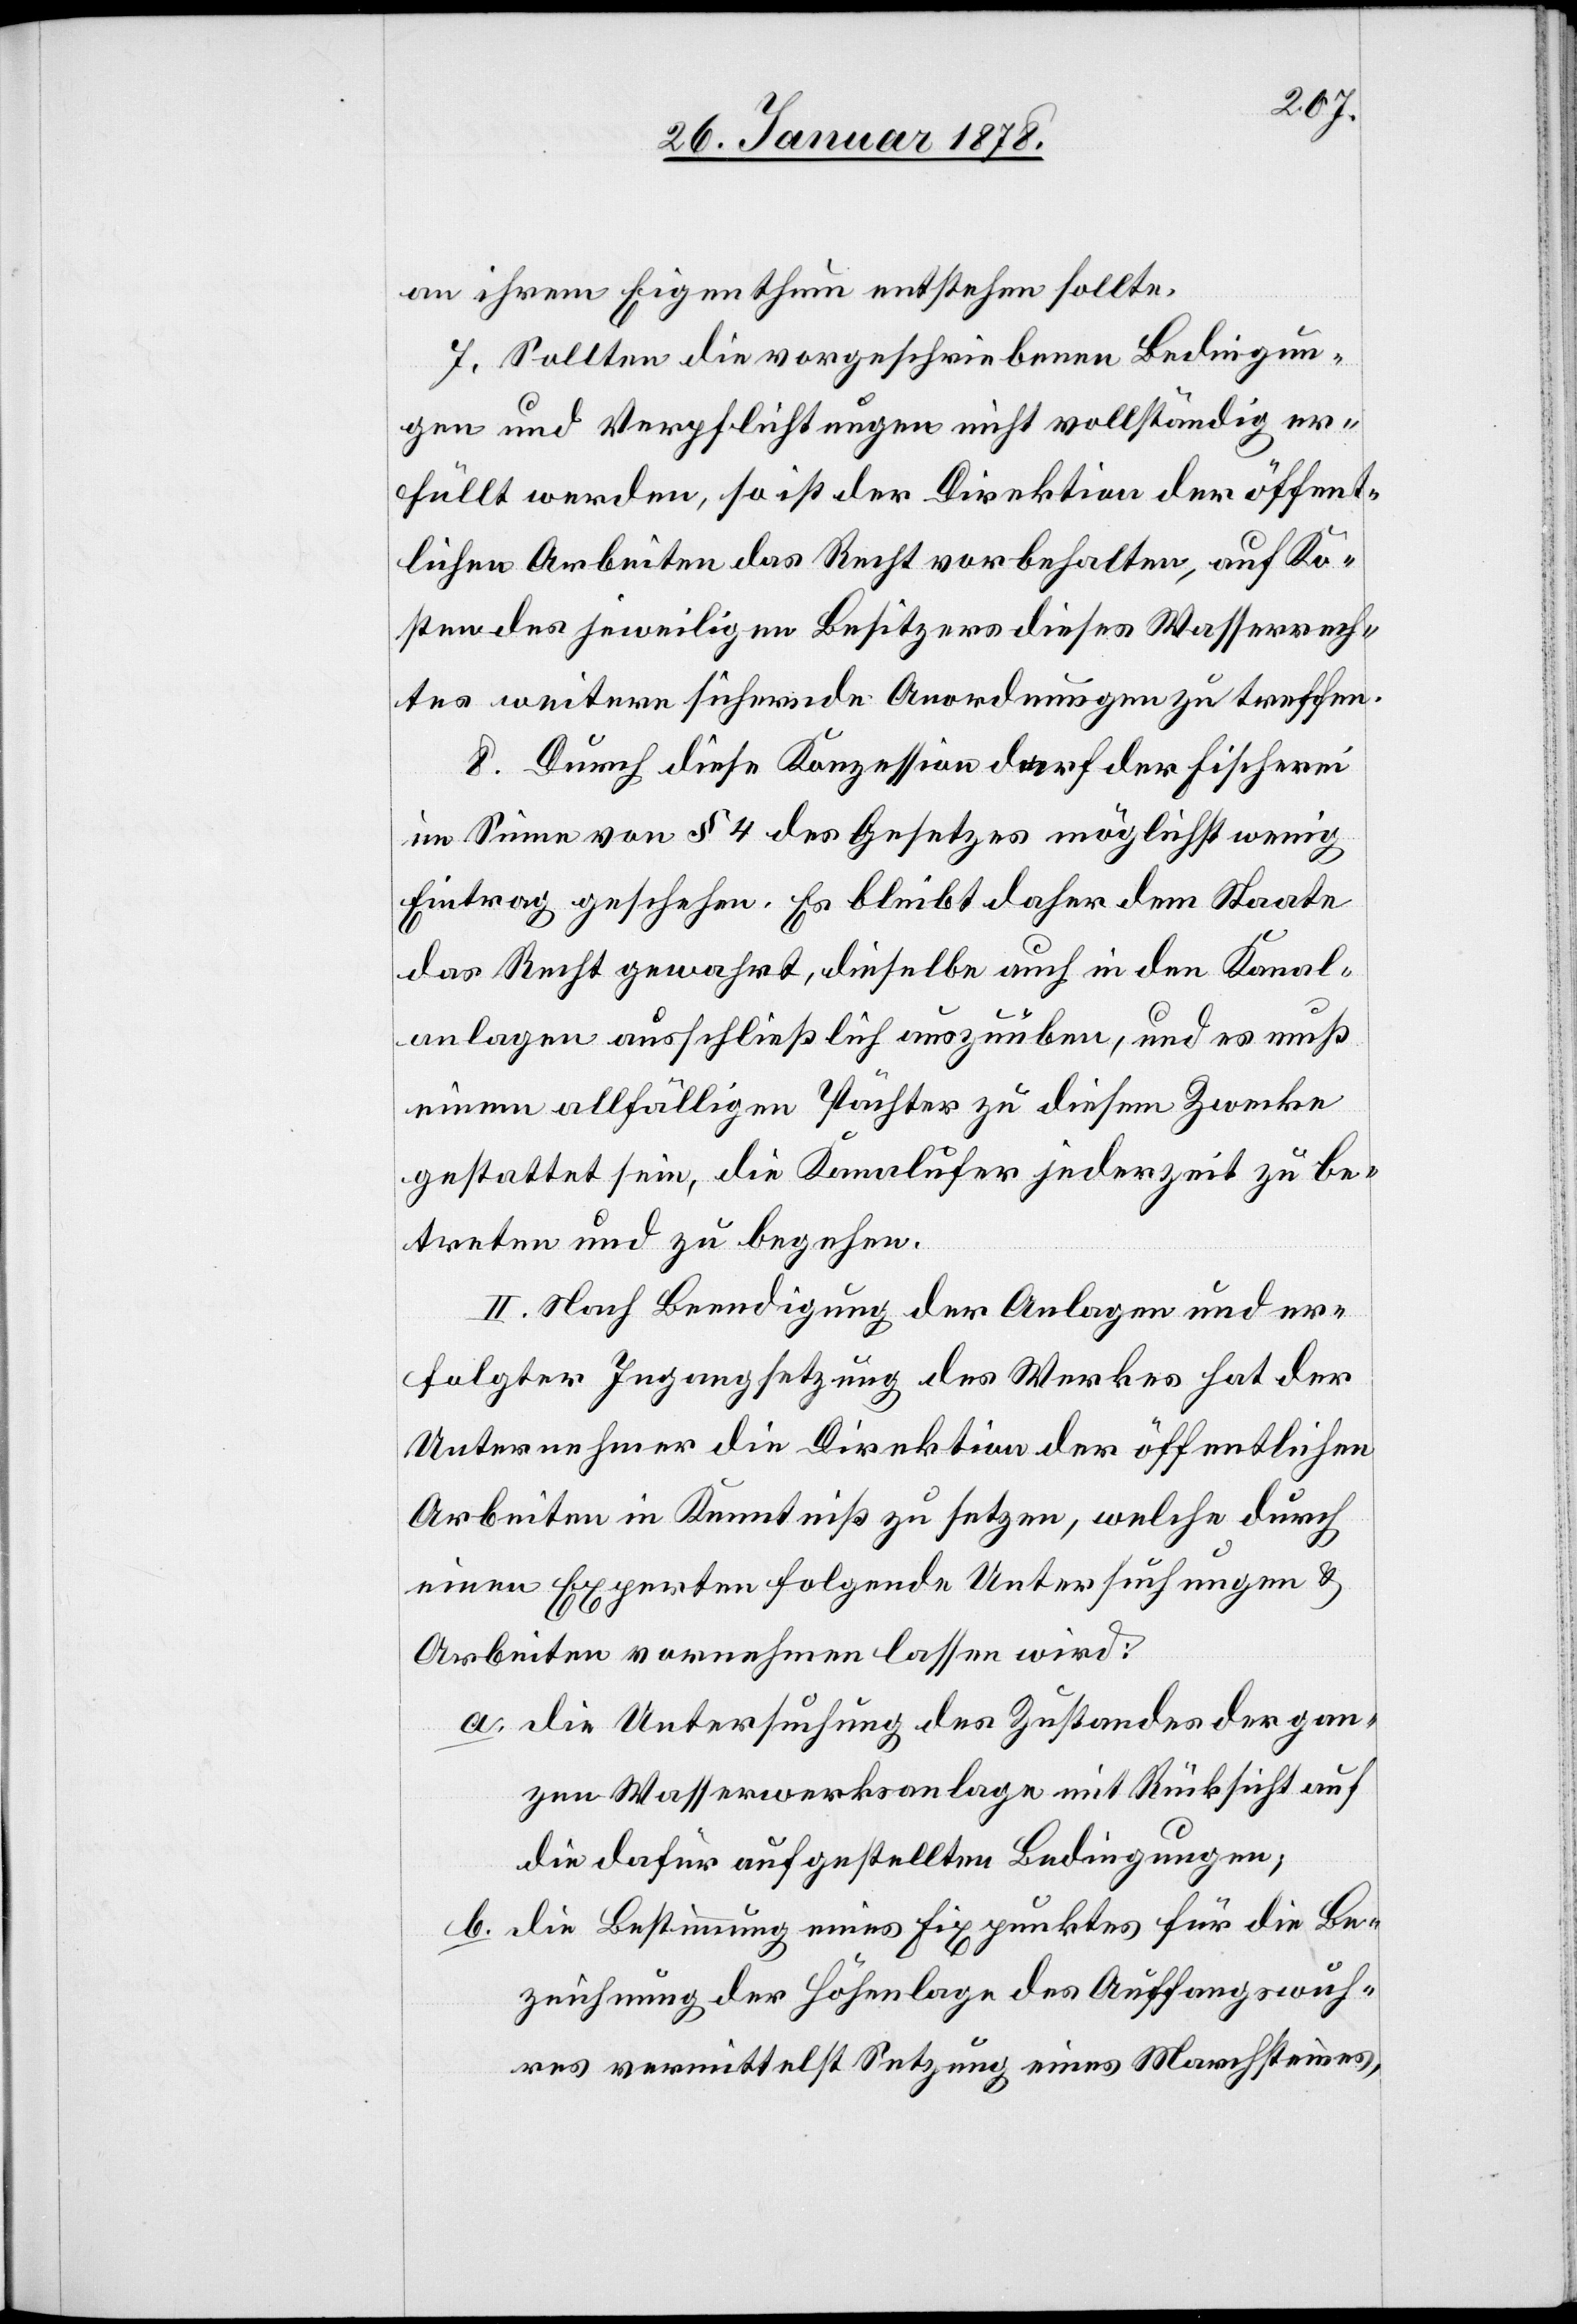
an ihrem Eigenthum entstehen sollte.
7. Sollten die vorgeschriebenen Bedingun¬
gen und Verpflichtungen nicht vollständig er¬
füllt werden, so ist der Direktion der öffent¬
lichen Arbeiten das Recht vorbehalten, auf Ko¬
sten des jeweiligen Besitzers dieses Wasserrech¬
tes weitere sichernde Anordnungen zu treffen.
8. Durch diese Konzession darf der Fischerei
im Sinne von § 4 des Gesetzes möglichst wenig
Eintrag geschehen. Es bleibt daher dem Staate
das Recht gewahrt, dieselbe auch in den Kanal¬
anlagen ausschließlich auszuüben, und es muß
einem allfälligen Pächter zu diesem Zwecke
gestattet sein, die Kanalufer jederzeit zu be¬
treten und zu begehen.
II. Nach Beendigung der Anlagen und er¬
folgter Ingangsetzung des Werkes hat der
Unternehmer die Direktion der öffentlichen
Arbeiten in Kenntnis zu setzen, welche durch
einen Experten folgende Untersuchungen &
Arbeiten vornehmen lassen wird:
a. die Untersuchung des Zustandes der gan¬
zen Wasserwerksanlage mit Rücksicht auf
die dafür aufgestellten Bedingungen;
b. die Bestimmung eines Fixpunktes für die Be¬
zeichnung der Höhenlage des Auffangswuh¬
res vermittelst Setzung eines Marchsteines,